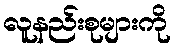
လူနည်းစုများကို